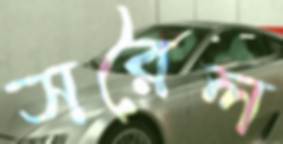
সরৈল